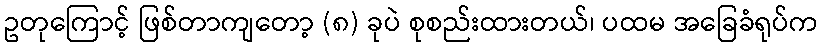
ဥတုကြောင့် ဖြစ်တာကျတော့ (၈) ခုပဲ စုစည်းထားတယ်၊ ပထမ အခြေခံရုပ်က